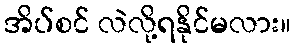
အိပ်စင် လဲလို့ရနိုင်မလား။